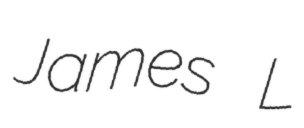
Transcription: James L